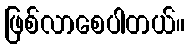
ဖြစ်လာစေပါတယ်။